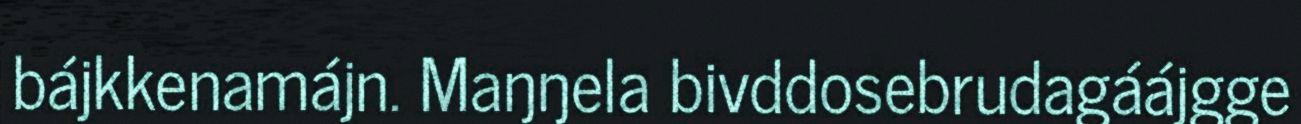
bájkkenamájn. Maŋŋela bivddosebrudagáájgge